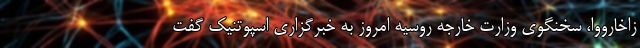
زاخارووا، سخنگوی وزارت خارجه روسیه امروز به خبرگزاری اسپوتنیک گفت